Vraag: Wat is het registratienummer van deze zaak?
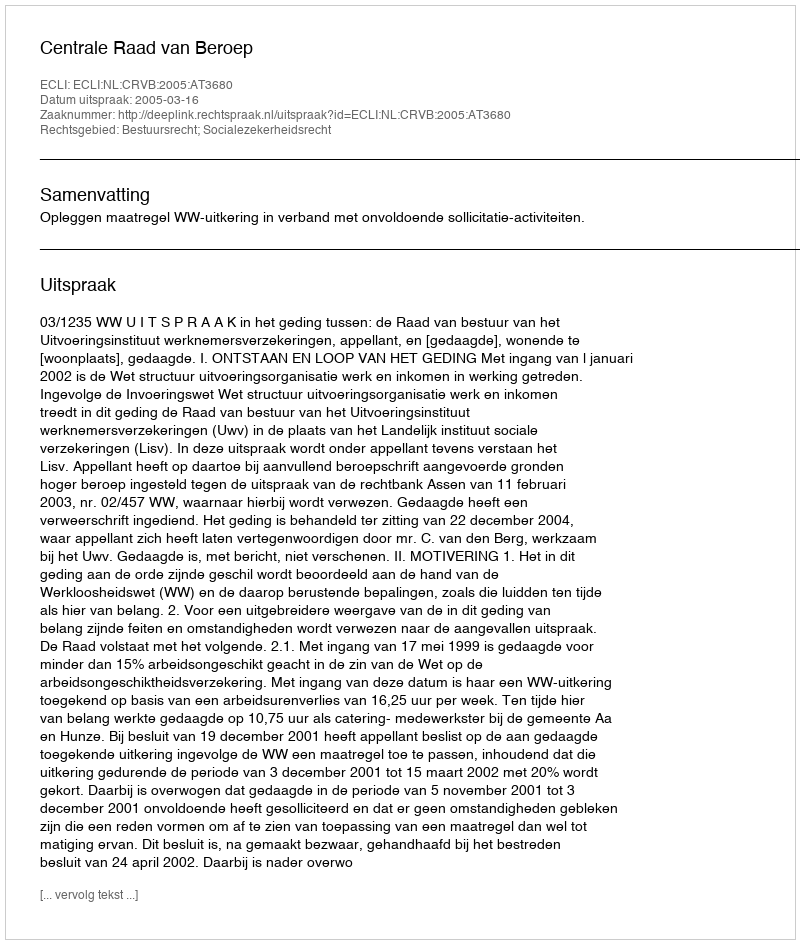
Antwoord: http://deeplink.rechtspraak.nl/uitspraak?id=ECLI:NL:CRVB:2005:AT3680